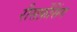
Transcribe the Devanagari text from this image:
रीसर्फ़ेसिंग